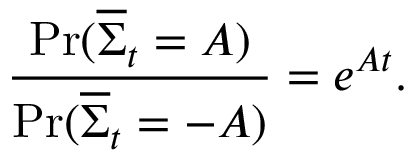
{ \frac { \operatorname* { P r } ( { \overline { { \Sigma } } } _ { t } = A ) } { \operatorname* { P r } ( { \overline { { \Sigma } } } _ { t } = - A ) } } = e ^ { A t } .